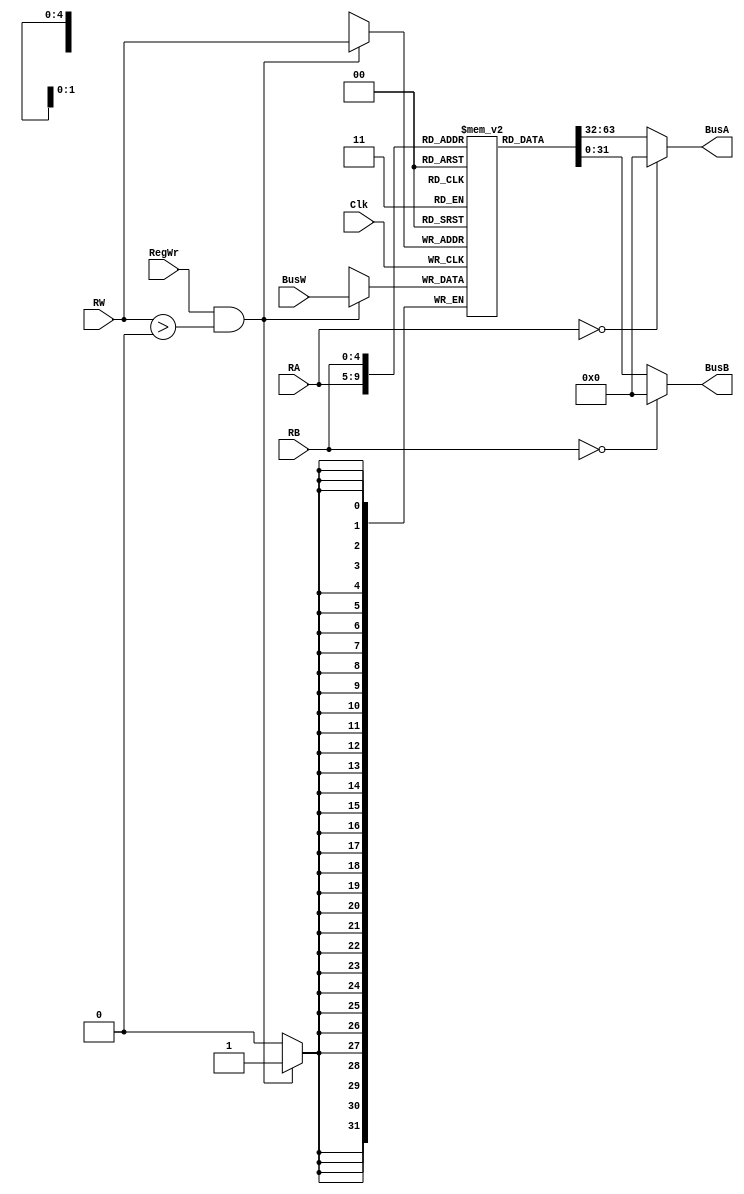
`timescale 1ns / 1ps

module RegisterFile(BusA, BusB, BusW, RA, RB, RW, RegWr, Clk); //module starts...

//outputs
output [31:0] BusA; //32 bits outputs
output [31:0] BusB; //32 bits outputs

//inputs
input [31:0] BusW; //32 bits inputs
input [4:0] RA; //five bits inputs
input [4:0] RB; //five bits inputs
input [4:0] RW; //five bits inputs
input RegWr; //register write
input Clk; //clock
integer i;
reg [31:0] registers [31:0]; //There 32 of 32-bit registers

initial begin
for (i = 0; i <32; i = i + 1)
	registers[i] = 0;
end

assign BusA = (RA==0) ? 0:registers[RA]; //read from RA to BusA with a delay of 2 sec
assign BusB = (RB==0) ? 0:registers[RB]; //read from RB to BusB with a delay of 2 sec

always @ (negedge Clk) begin //Clk always begins from negative edge
	if(RegWr & RW>0) 
		registers[RW] <= BusW; //write the value of BusW into RW
end

endmodule //end...